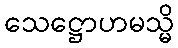
သေဋ္ဌောဟမသ္မိ